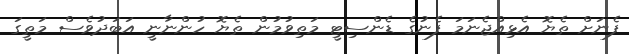
ފެނަށް ތެޔޮ އެޅިއްޖެނަމަ ފެނުގެ ޑެންސިޓީ މަތިވުމުން ތެޔޮ ހުންނާނީ އަބަދުވެސް މަތީގަ